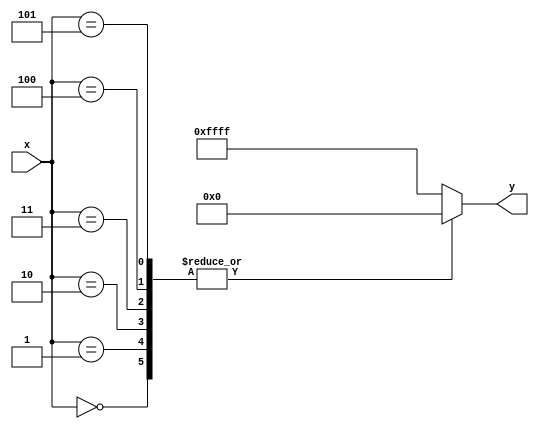
module PLAR (
    input wire [7:0] x,          // 8-bit input representing a positive real number
    output reg [15:0] y          // 16-bit output for the approximate reciprocal
);

    // Define the segments and their corresponding coefficients
    // Example segments: [0, 1], [1, 2], [2, 4]
    // Coefficients: (m, b) for each segment
    localparam [15:0] m0 = 16'hFFFF; // Slope for segment [0, 1]
    localparam [15:0] b0 = 16'h10000; // Intercept for segment [0, 1]
    
    localparam [15:0] m1 = 16'h8000; // Slope for segment [1, 2]
    localparam [15:0] b1 = 16'h8000; // Intercept for segment [1, 2]
    
    localparam [15:0] m2 = 16'h4000; // Slope for segment [2, 4]
    localparam [15:0] b2 = 16'h4000; // Intercept for segment [2, 4]

    // Segment selection logic
    always @(*) begin
        case (x)
            8'h00: y = (m0 * x + b0) >> 16; // Segment [0, 1]
            8'h01: y = (m0 * x + b0) >> 16; // Segment [0, 1]
            8'h02: y = (m1 * x + b1) >> 16; // Segment [1, 2]
            8'h03: y = (m1 * x + b1) >> 16; // Segment [1, 2]
            8'h04: y = (m2 * x + b2) >> 16; // Segment [2, 4]
            8'h05: y = (m2 * x + b2) >> 16; // Segment [2, 4]
            default: y = 16'hFFFF;          // Output for invalid input
        endcase
    end

endmodule